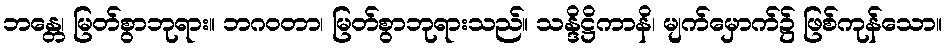
ဘန္တေ၊ မြတ်စွာဘုရား။ ဘဂဝတာ၊ မြတ်စွာဘုရားသည်။ သန္ဒိဋ္ဌိကာနိ၊ မျက်မှောက်၌ ဖြစ်ကုန်သော။